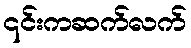
၎င်းကဆက်လက်